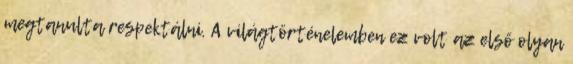
megtanulta respektálni. A világtörténelemben ez volt az első olyan